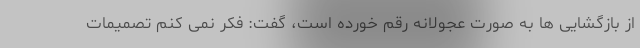
از بازگشایی ها به صورت عجولانه رقم خورده است، گفت: فکر نمی کنم تصمیمات